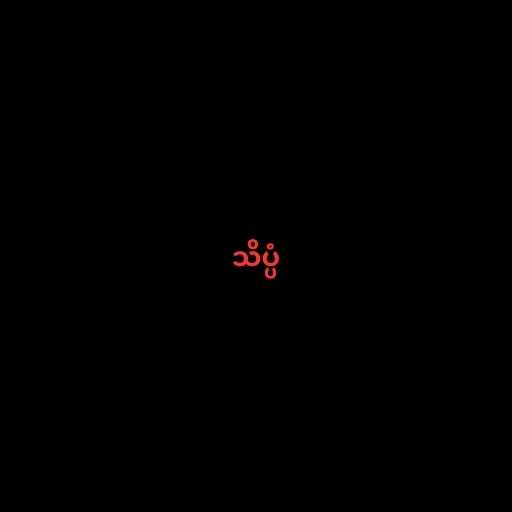
သိပ္ပံ